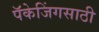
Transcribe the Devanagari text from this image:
पॅकेजिंगसाठी